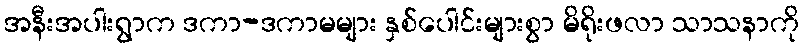
အနီးအပါးရွာက ဒကာ-ဒကာမများ နှစ်ပေါင်းများစွာ မိရိုးဖလာ သာသနာကို